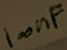
Text: 100nF